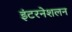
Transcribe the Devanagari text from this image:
इंटरनेशलन